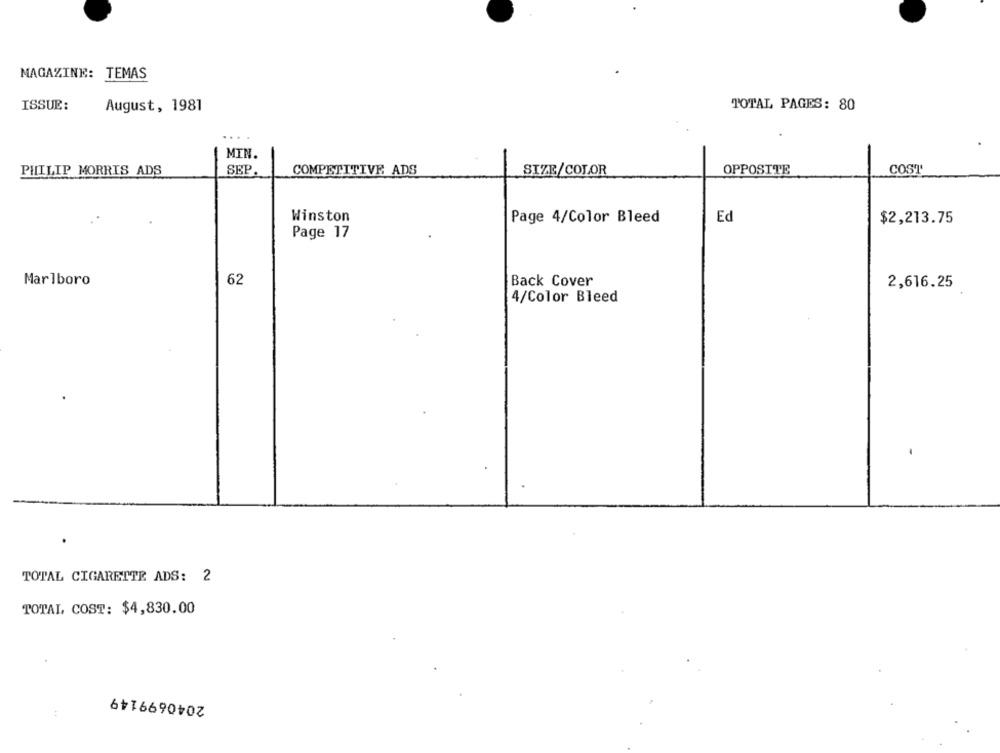
MAGAZINE: TEMAS
ISSUE:
TOTAL PAGES: 80
August, 1981
....
MIN.
PHILIP MORRIS ADS
SEP.
COMPETITIVE ADS
SIZE/COLOR
OPPOSITE
COST
Winston
Page 4/Color Bleed
Ed
$2,213.75
Page 17
Marlboro
62
Back Cover
2,616.25
4/Color Bleed
TOTAL CIGARETTE ADS: 2
TOTAL COST: $4,830.00
2040699149